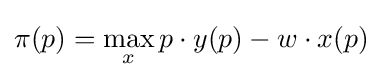
\pi (p)=\max _{x}p\cdot y(p)-w\cdot x(p)